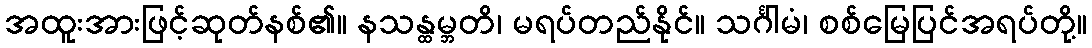
အထူးအားဖြင့်ဆုတ်နစ်၏။ နသန္ထမ္ဘတိ၊ မရပ်တည်နိုင်။ သင်္ဂါမံ၊ စစ်မြေပြင်အရပ်တို့။